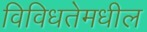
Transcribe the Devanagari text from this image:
विविधतेमधील